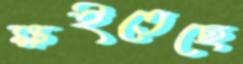
ক্ষইতেছে